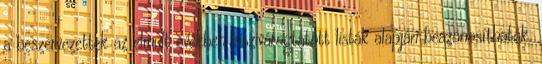
a beszervezettek az elmúlt években kiszivárogtatott listák alapján beazonosíthatók.